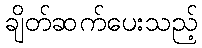
ချိတ်ဆက်ပေးသည့်